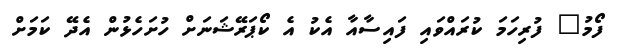
ފޯމު" ފުރިހަމަ ކުރައްވައި ފައިސާއާ އެކު އެ ކޯޕަރޭޝަނަށް ހުށަހެޅުން އެދޭ ކަމަށް